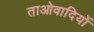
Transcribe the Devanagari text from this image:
ताओवादियों